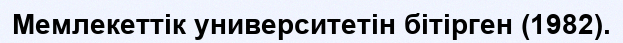
Мемлекеттік университетін бітірген (1982).